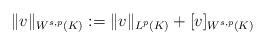
LaTeX: \begin{align*} \|v\|_{W^{s,p}(K)}:=\|v\|_{L^p(K)}+[v]_{W^{s,p}(K)}\end{align*}